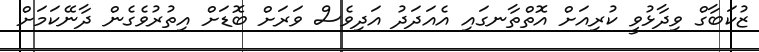
ޒުކަބާގް ވިދާޅުވީ ކުރިއަށް އޮތްތާނގައި އެއަދަދު އަދިވެސް ވަރަށް ބޮޑަށް އިތުރުވެގެން ދާނޭކަމަށް